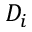
D _ { i }